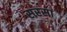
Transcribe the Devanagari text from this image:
सरसां